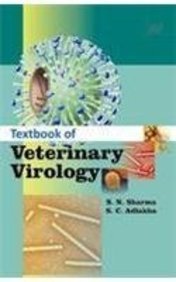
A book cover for Textbook of Veterinary Virology; Surendra Nath Sharma Satish Chandra Adlakha; Medical Books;